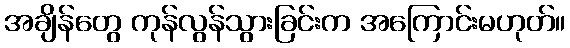
အချိန်တွေ ကုန်လွန်သွားခြင်းက အကြောင်းမဟုတ်။